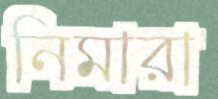
নিমারা